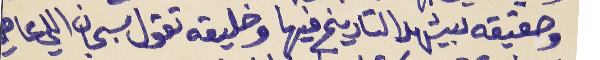
وحقيقه بيشهد التاريخ فيها     وخليقه تقول سبحان اللي عاطي